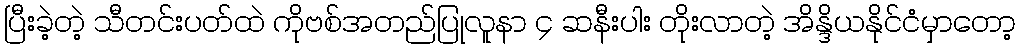
ပြီးခဲ့တဲ့ သီတင်းပတ်ထဲ ကိုဗစ်အတည်ပြုလူနာ ၄ ဆနီးပါး တိုးလာတဲ့ အိန္ဒိယနိုင်ငံမှာတော့